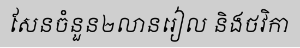
សែនចំនួន២លានរៀល និងថវិកា